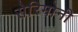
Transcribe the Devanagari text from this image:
सेरिमोनी